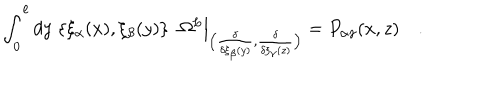
\int _ { 0 } ^ { \ell } d y \; \{ \xi _ { \alpha } ( x ) , \xi _ { \beta } ( y ) \} \; \; \Omega ^ { L } \Big | _ { \big ( { \frac { \delta } { \delta \xi _ { \beta } ( y ) } } , { \frac { \delta } { \delta \xi _ { \gamma } ( z ) } } \big ) } = P _ { \alpha \gamma } ( x , z ) \quad .